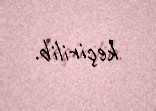
keçirilib.